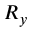
R _ { y }